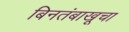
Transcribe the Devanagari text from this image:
बिनतंबाखूचा